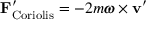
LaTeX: \mathbf { F } _ { \mathrm { C o r i o l i s } } ^ { \prime } = - 2 m { \boldsymbol { \omega } } \times \mathbf { v } ^ { \prime }